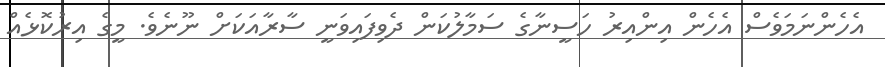
އެހެންނަމަވެސް އެހެން އިންއިރު ހަސީނާގެ ސަމާލުކަން ދެވިފައިވަނީ ސާރާއަކަށް ނޫނެވެ. މީގެ އިރުކޮޅެއް